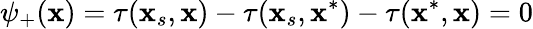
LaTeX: \psi_{+}(\mathbf{x})=\tau(\mathbf{x}_{s},\mathbf{x})-\tau(\mathbf{x}_{s},\mathbf{x}^{*})-\tau(\mathbf{x}^{*},\mathbf{x})=0